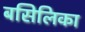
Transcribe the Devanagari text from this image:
बसिलिका